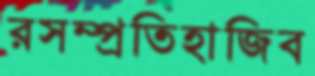
রসম্প্রতিহাজিব